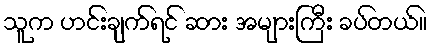
သူက ဟင်းချက်ရင် ဆား အများကြီး ခပ်တယ်။